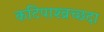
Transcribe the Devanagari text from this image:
कटिपाश्व्रच्छदा